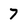
Character: 7